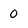
Character: 0